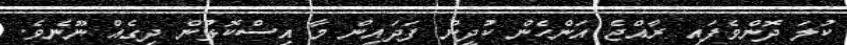
ކުލަ ދޮންވެފައި ރާއްޖެ އަންހެން ކުދީން ފަދައިން މާ އިސްކޮޅުން ދިގެއް ނޫނެވެ.